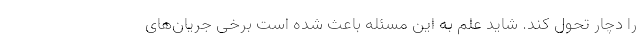
را دچار تحول کند. شاید علم به این مسئله باعث شده است برخی جریان‌های